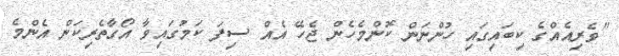
"ވެރިއެއްގެ ކިބައިގައި ހުންނަން ކޮންމެހެން ޖެހޭ އެއް ސިފަ ކަމުގައިވާ އޯގާތެރިކަން އެންމެ